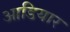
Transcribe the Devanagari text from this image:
आडियार